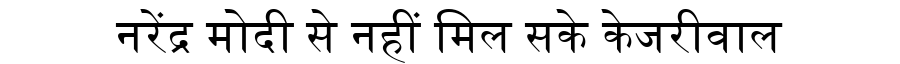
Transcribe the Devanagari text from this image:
नरेंद्र मोदी से नहीं मिल सके केजरीवाल